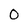
Character: 0